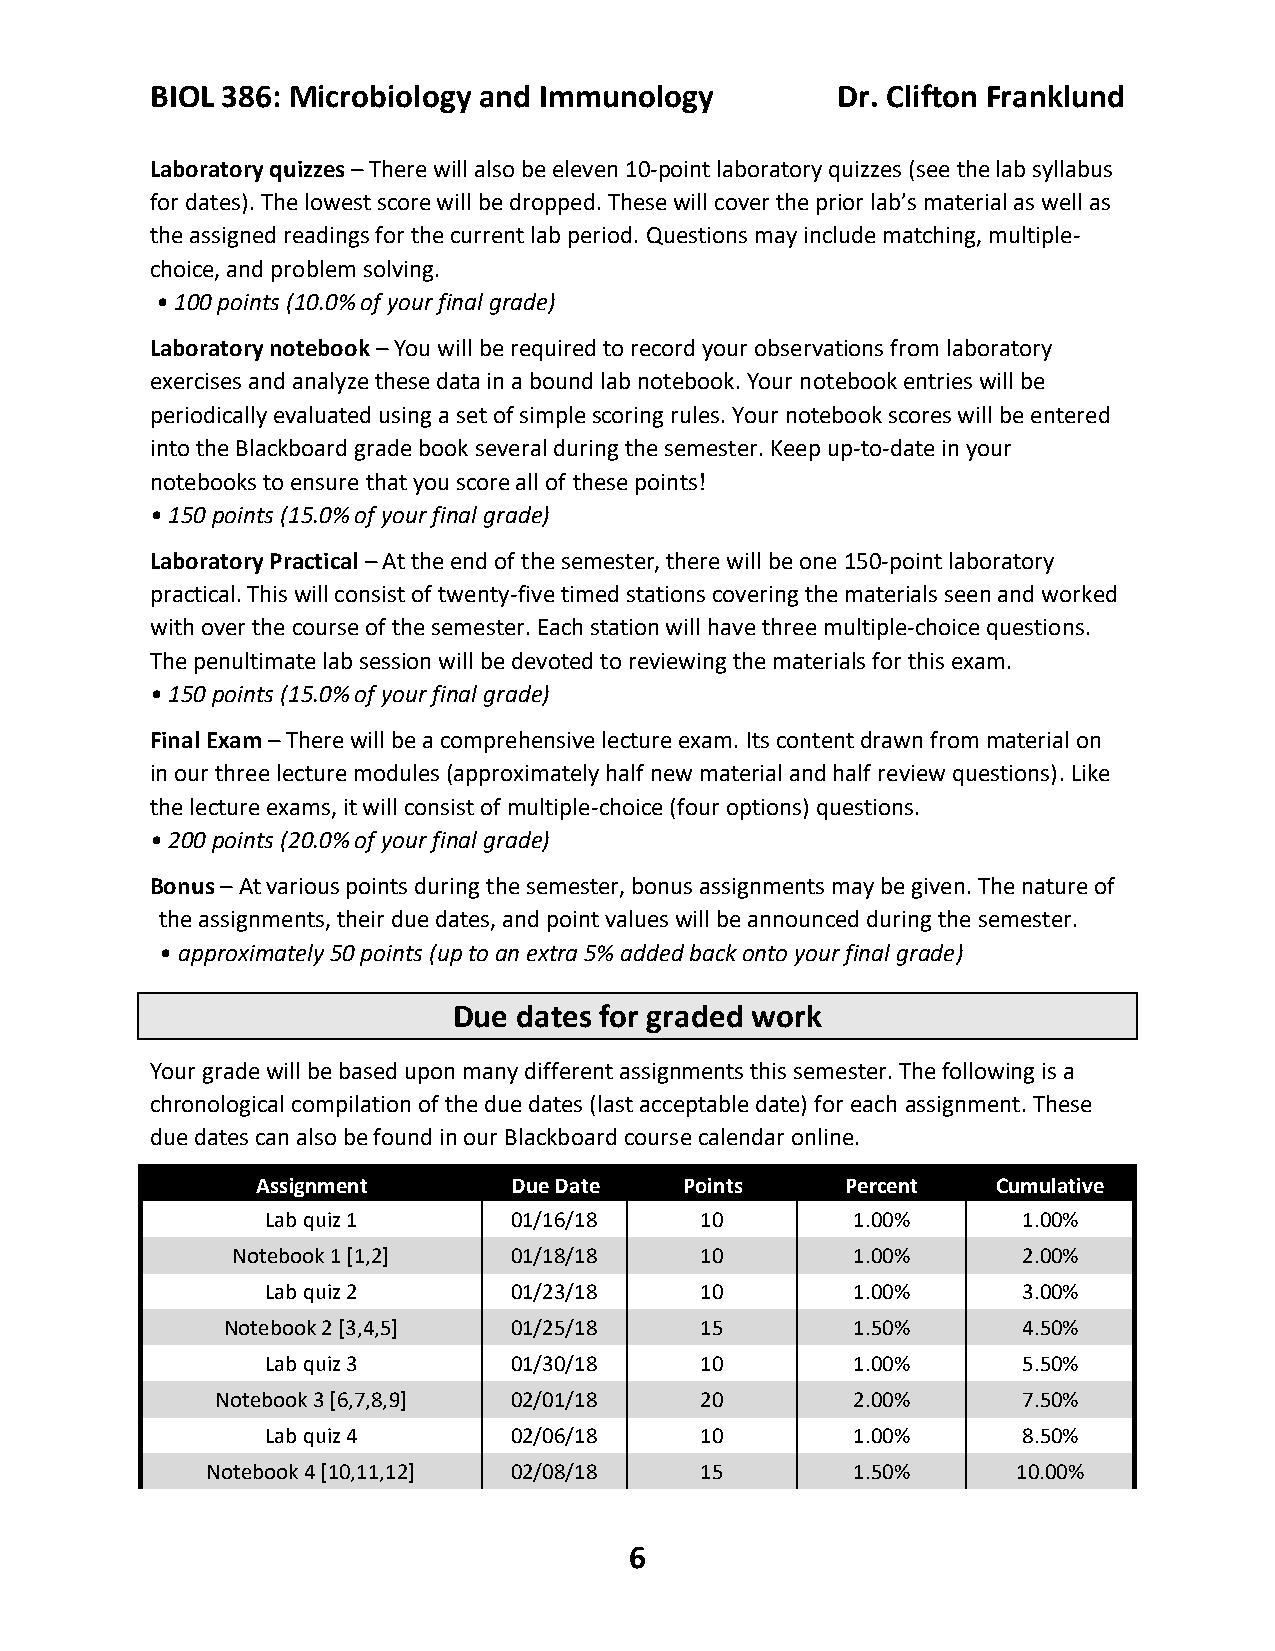
BIOL 386: Microbiology and Immunology        Dr. Clifton Franklund
 Laboratory quizzes – There will also be eleven 10-point laboratory quizzes (see the lab syllabus
 for dates). The lowest score will be dropped. These will cover the prior lab’s material as well as
 the assigned readings for the current lab period. Questions may include matching, multiple-
 choice, and problem solving.
 • 100 points (10.0% of your final grade)
 Laboratory notebook – You will be required to record your observations from laboratory
 exercises and analyze these data in a bound lab notebook. Your notebook entries will be
 periodically evaluated using a set of simple scoring rules. Your notebook scores will be entered
 into the Blackboard grade book several during the semester. Keep up-to-date in your
 notebooks to ensure that you score all of these points!
 • 150 points (15.0% of your final grade)
 Laboratory Practical – At the end of the semester, there will be one 150-point laboratory
 practical. This will consist of twenty-five timed stations covering the materials seen and worked
 with over the course of the semester. Each station will have three multiple-choice questions.
 The penultimate lab session will be devoted to reviewing the materials for this exam.
 • 150 points (15.0% of your final grade)
 Final Exam – There will be a comprehensive lecture exam. Its content drawn from material on
 in our three lecture modules (approximately half new material and half review questions). Like
 the lecture exams, it will consist of multiple-choice (four options) questions.
 • 200 points (20.0% of your final grade)
 Bonus – At various points during the semester, bonus assignments may be given. The nature of
 the assignments, their due dates, and point values will be announced during the semester.
 • approximately 50 points (up to an extra 5% added back onto your final grade)
 Due dates for graded work
 Your grade will be based upon many different assignments this semester. The following is a
 chronological compilation of the due dates (last acceptable date) for each assignment. These
 due dates can also be found in our Blackboard course calendar online.
 Assignment       Due Date   Points     Percent   Cumulative
 Lab quiz 1      01/16/18    10         1.00%      1.00%
 Notebook 1 [1,2]   01/18/18    10         1.00%      2.00%
 Lab quiz 2      01/23/18    10         1.00%      3.00%
 Notebook 2 [3,4,5] 01/25/18    15         1.50%      4.50%
 Lab quiz 3      01/30/18    10         1.00%      5.50%
 Notebook 3 [6,7,8,9] 02/01/18   20         2.00%      7.50%
 Lab quiz 4      02/06/18    10         1.00%      8.50%
 Notebook 4 [10,11,12] 02/08/18  15         1.50%     10.00%
 6